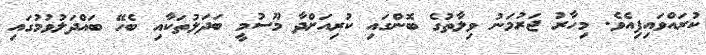
ކުރައްވައިފިއެވެ. މިހާރު ޖަރުމަނު ވިލާތުގެ ބޮންގައި ކުރިއަށްދާ މޫސުމީ ބަދަލުތަކާއި ބެހޭ ބައްދަލުވުމުގައި